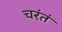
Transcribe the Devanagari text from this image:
चरंतं